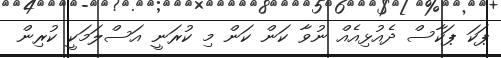
ޕަކަ ޕަކާސް ދެއުޅިއެއް ނުވާ ކަން ކަން މި ކުރަނީ އަސްލަމަކީ ކުރިން